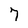
Character: 7